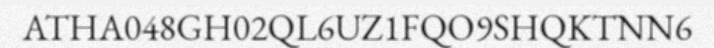
ATHA048GH02QL6UZ1FQO9SHQKTNN6